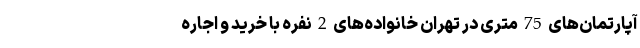
آپارتمان‌های 75 متری در تهران خانواده‌های 2 نفره با خرید و اجاره